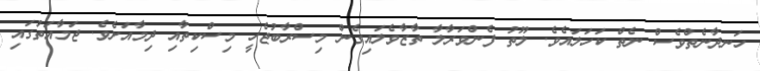
ހަނދާނެތްވެސް ނެތް ކަހަލައެވެ. ލޫތު ފެންވަރާލާ ތާޒާވެލައިގެން މިސްރާބުޖެހީ މިސްކިތާއި ދިމާއަށެވެ. ޖަމާއަތުގައި